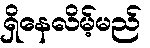
ရှိနေလိမ့်မည်